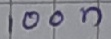
Text: 100n